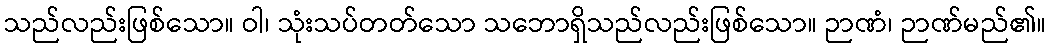
သည်လည်းဖြစ်သော။ ဝါ၊ သုံးသပ်တတ်သော သဘောရှိသည်လည်းဖြစ်သော။ ဉာဏံ၊ ဉာဏ်မည်၏။